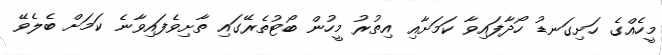
މީހެއްގެ ހަށިގަނޑު ހޯދާފައިވާ ކަމަށާއި އިތުރު މީހުން ބޯޓުތެރޭގައި ތާށިވެފައިވާނެ ކަމަށް ބެލެވޭ